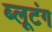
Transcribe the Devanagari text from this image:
ब्लूटंग